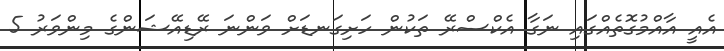
އެއީ އާއްމުގޮތެއްގައި ނަގާ އެކްސްރޭ ތަކުން ހަށިގަނޑަށް ވަންނަ ރޭޑިއޭޝަންގެ މިންވަރު 5